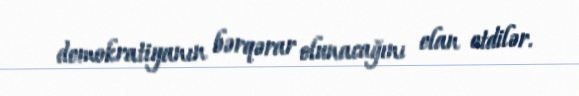
demokratiyanın bərqərar olunacağını elan etdilər.